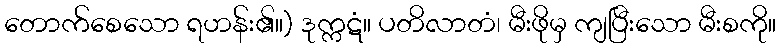
တောက်စေသော ရဟန်း၏။) ဒုက္ကဋံ။ ပတိလာတံ၊ မီးဖိုမှ ကျပြီးသော မီးစကို။